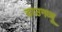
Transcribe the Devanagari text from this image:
डाउनव्यू